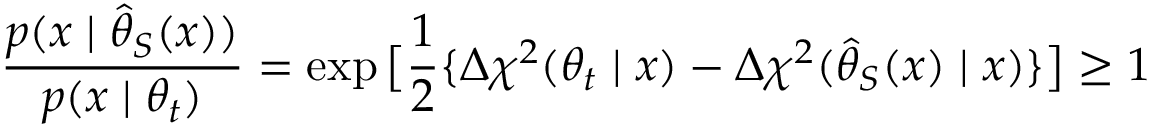
\frac { p ( x \mid \hat { \theta } _ { S } ( x ) ) } { p ( x \mid \theta _ { t } ) } = \exp \big [ \frac { 1 } { 2 } \{ \Delta \chi ^ { 2 } ( \theta _ { t } \mid x ) - \Delta \chi ^ { 2 } ( \hat { \theta } _ { S } ( x ) \mid x ) \} \big ] \ge 1